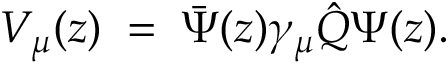
V _ { \mu } ( z ) \; = \; \bar { \Psi } ( z ) \gamma _ { \mu } \hat { Q } \Psi ( z ) .